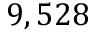
9 , 5 2 8